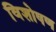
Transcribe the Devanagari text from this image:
विशोषण